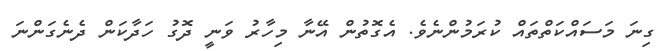
ގިނަ މަސައްކަތްތައް ކުރަމުންނެވެ. އެގޮތުން އޭނާ މިހާރު ވަނީ ދޮގު ހަދާކަން ދެނެގަންނަ